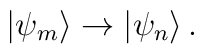
|\psi_m\rangle \rightarrow |\psi_n\rangle\,.